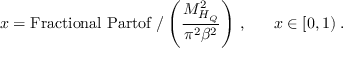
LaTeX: x = \mathrm { F r a c t i o n a l ~ P a r t o f \ / } \left( \frac { M _ { H _ { Q } } ^ { 2 } } { \pi ^ { 2 } \beta ^ { 2 } } \right) \, , ~ ~ ~ ~ ~ x \in [ 0 , 1 ) \; .